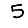
Digit: 5